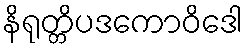
နိရုတ္တိပဒကောဝိဒေါ